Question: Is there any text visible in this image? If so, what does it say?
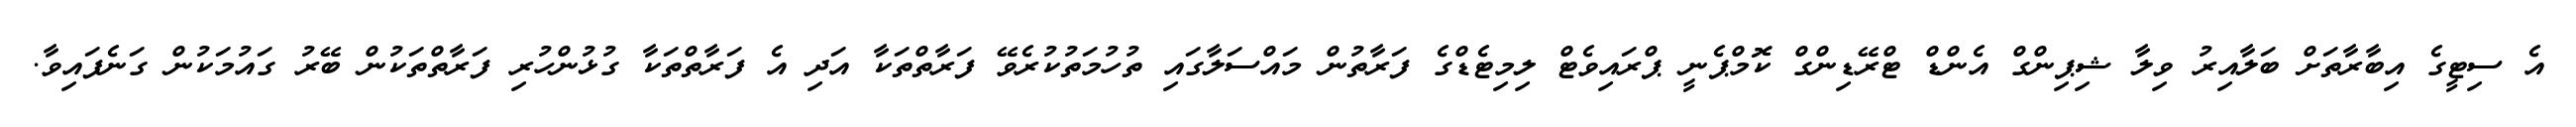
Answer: އެ ސިޓީގެ އިބާރާތަށް ބަލާއިރު ވިލާ ޝިޕިންގް އެންޑް ޓްރޭޑިންގް ކޮމްޕެނީ ޕްރައިވެޓް ލިމިޓެޑްގެ ފަރާތުން މައްސަލާގައި ތުހުމަތުކުރެވޭ ފަރާތްތަކާ އަދި އެ ފަރާތްތަކާ ގުޅުންހުރި ފަރާތްތަކުން ބޭރު ގައުމަކުން ގަނެފައިވާ.